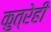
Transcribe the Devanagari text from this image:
कुत्रेही